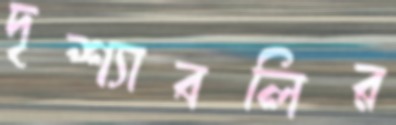
দৃশ্যাবলির